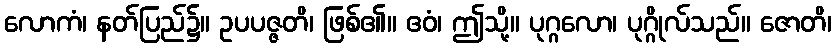
လောကံ၊ နတ်ပြည်၌။ ဥပပဇ္ဇတိ၊ ဖြစ်၏။ ဧဝံ၊ ဤသို့။ ပုဂ္ဂလော၊ ပုဂ္ဂိုလ်သည်။ ဇောတိ၊